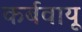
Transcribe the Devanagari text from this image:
कर्बवायू